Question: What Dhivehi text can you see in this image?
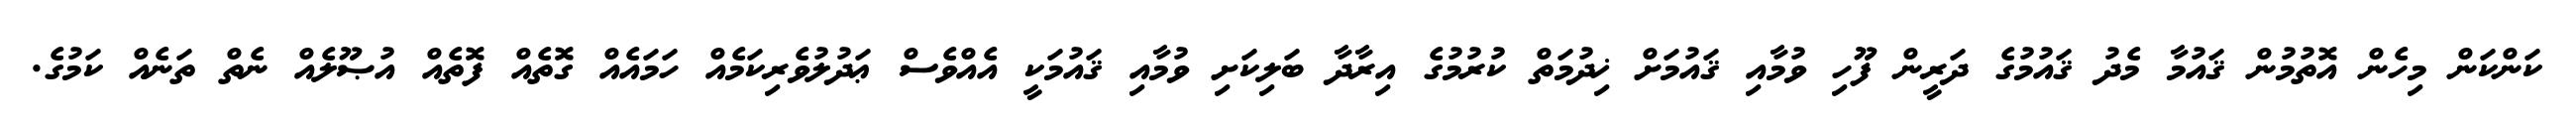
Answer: ކަންކަން މިހެން އޮތުމުން ޤައުމާ މެދު ޤައުމުގެ ދަރީން ފޫހި ވުމާއި ޤައުމަށް ޚިދުމަތް ކުރުމުގެ އިރާދާ ބަލިކަށި ވުމާއި ޤައުމަކީ އެއްވެސް ޢަދުލުވެރިކަމެއް ހަމައެއް ގޮތެއް ފޮތެއް އުޞޫލެއް ނެތް ތަނެއް ކަމުގެ.